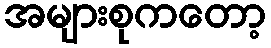
အများစုကတော့